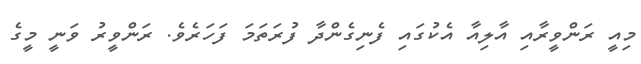
މިއީ ރަންވީރާއި އާލިއާ އެކުގައި ފެނިގެންދާ ފުރަތަމަ ފަހަރެވެ. ރަންވީރު ވަނީ މީގެ